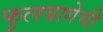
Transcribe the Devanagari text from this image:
फुलबागेची